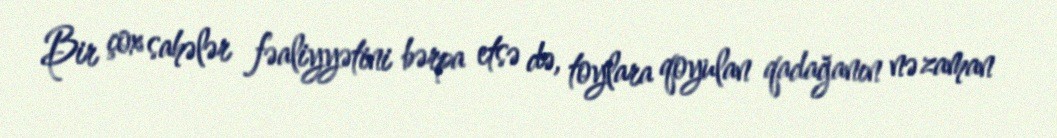
Bir çox sahələr fəaliyyətini bərpa etsə də, toylara qoyulan qadağanın nə zaman